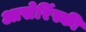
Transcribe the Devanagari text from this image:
आसेरिंस्की